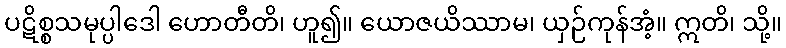
ပဋိစ္စသမုပ္ပါဒေါ ဟောတီတိ၊ ဟူ၍။ ယောဇယိဿာမ၊ ယှဉ်ကုန်အံ့။ ဣတိ၊ သို့။